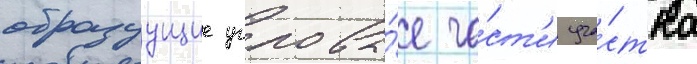
образуущие угловы́е ча́ст'и уча́стка